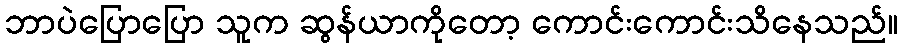
ဘာပဲပြောပြော သူက ဆွန်ယာကိုတော့ ကောင်းကောင်းသိနေသည်။